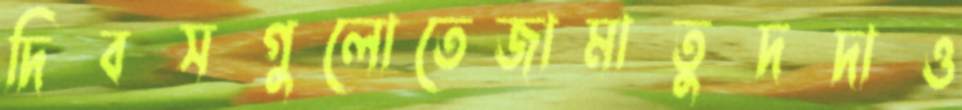
দিবসগুলোতেজামাতুদদাও